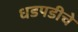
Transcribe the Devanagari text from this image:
धडपडीचे